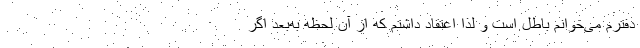
دفترم می‌خوانم باطل است و لذا اعتقاد داشتم که از آن لحظه به‌بعد اگر